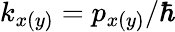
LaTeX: k_{x(y)}=p_{x(y)}/\hbar